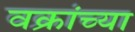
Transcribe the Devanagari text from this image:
वक्रांच्या